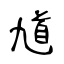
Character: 馗